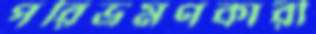
পরিভ্রমণকারী